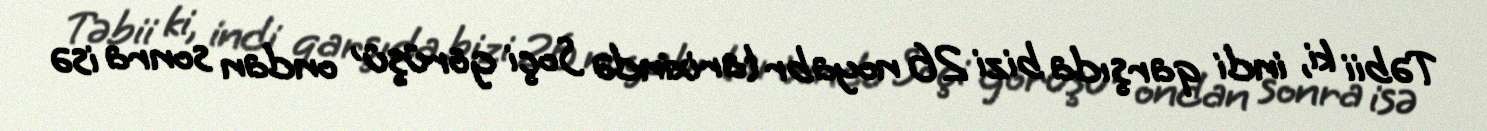
Təbii ki, indi qarşıda bizi 26 noyabr tarixində Soçi görüşü , ondan sonra isə